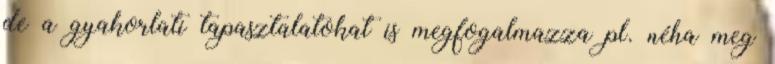
de a gyakorlati tapasztalatokat is megfogalmazza pl. néha meg